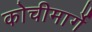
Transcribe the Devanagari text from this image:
कोचीमार्गे